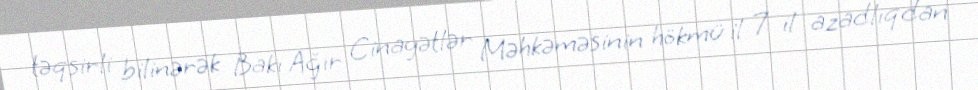
təqsirli bilinərək Bakı Ağır Cinayətlər Məhkəməsinin hökmü il 7 il azadlıqdan